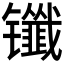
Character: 𰿈